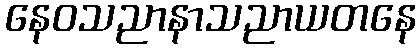
နေဝသညာနာသညာယတနေ